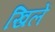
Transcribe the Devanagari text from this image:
खिलें